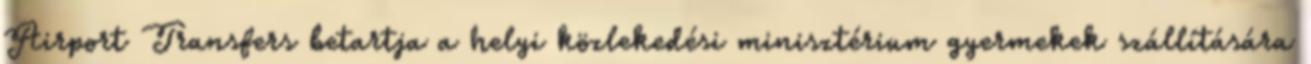
Airport Transfers betartja a helyi közlekedési minisztérium gyermekek szállítására